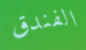
الفندق